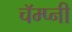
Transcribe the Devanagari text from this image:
चॅम्प्नी